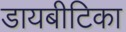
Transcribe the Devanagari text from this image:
डायबीटिका